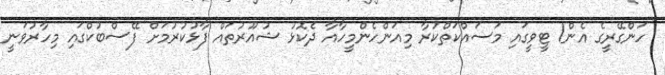
ހަންގޭރީގެ އެން1 ޓީވީގައި މަސައްކަތްކުރާ މިއަންހެންމީހާއާ ދެކޮޅު ޝުއޫރުތައް ފާޅުކުރުމަށް ފޭސްބުކްގައި މިހާރުވަނީ